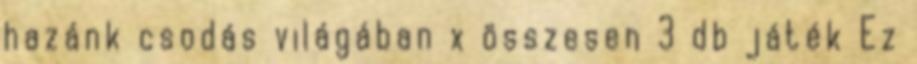
hazánk csodás világában x összesen 3 db játék Ez